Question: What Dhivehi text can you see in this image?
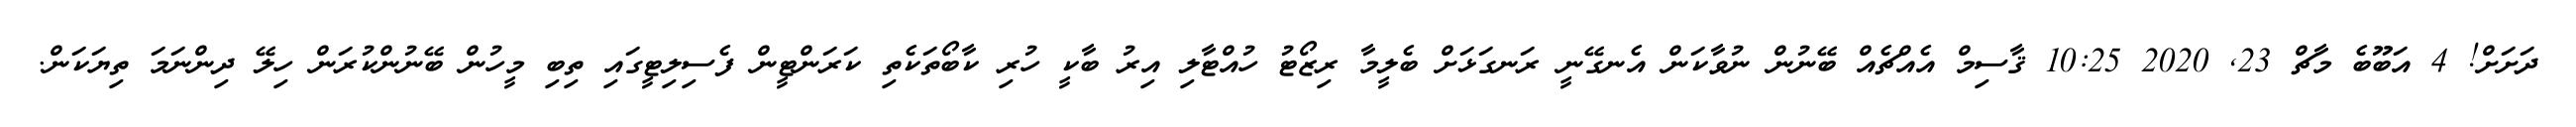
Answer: ދަށަށް! 4 އަބޫބެ މާޗް 23, 2020 10:25 ޤާސިމް އެއްޗެއް ބޭނުން ނުވާކަން އެނގޭނީ ރަނގަޅަށް ބެލީމާ ރިޒޯޓު ހުއްޓާލި އިރު ބާކީ ހުރި ކާބޯތަކެތި ކަރަންޓީން ފެސިލިޓީގައި ތިބި މީހުން ބޭނުންކުރަން ހިލޭ ދިންނަމަ ތިޔަކަން.